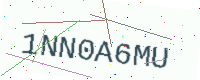
Text: 1NN0A6MU